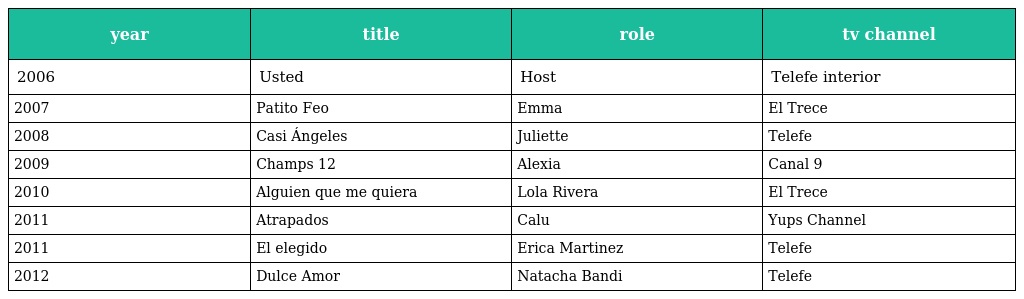
| year | title | role | tv channel |
 | --- | --- | --- | --- |
 | 2006 | Usted | Host | Telefe interior |
 | 2007 | Patito Feo | Emma | El Trece |
 | 2008 | Casi Ángeles | Juliette | Telefe |
 | 2009 | Champs 12 | Alexia | Canal 9 |
 | 2010 | Alguien que me quiera | Lola Rivera | El Trece |
 | 2011 | Atrapados | Calu | Yups Channel |
 | 2011 | El elegido | Erica Martinez | Telefe |
 | 2012 | Dulce Amor | Natacha Bandi | Telefe |